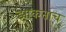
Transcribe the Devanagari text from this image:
झाकताच